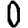
Digit: 0